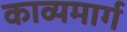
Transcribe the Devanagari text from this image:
काव्यमार्ग